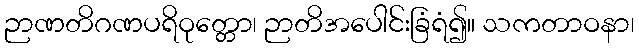
ဉာဏတိဂဏပရိဝုတ္တော၊ ဉာတိအပေါင်းခြံရံ၍။ သကတာဝနာ၊